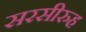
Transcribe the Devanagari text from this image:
सरसीरुह